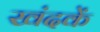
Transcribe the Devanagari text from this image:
खंदकें